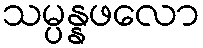
သမ္ပန္နဖလော